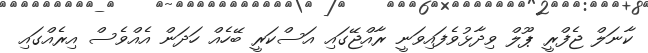
ކާނަލް ޖެފްރީ ޕޫލް ވިދާޅުވެފައިވަނީ ރާއްޖޭގައި އަސްކަރީ ބޭހެއް ހަދަން އެއްވެސް އިރެއްގައި